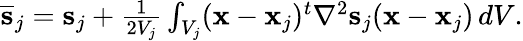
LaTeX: \begin{array}{r}{\overline{{\mathbf s}}_{j}={\mathbf s}_{j}+\frac{1}{2V_{j}}\int_{V_{j}}({\mathbf x}-{\mathbf x}_{j})^{t}\nabla^{2}{\mathbf s}_{j}({\mathbf x}-{\mathbf x}_{j})\, dV.}\end{array}